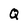
Character: Q